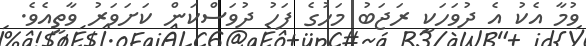
ވުމާ އެކު އެ ދުވަހަކީ ރަޖަބު މަހުގެ ފަހު ދުވަސްކަން ކަށަވަރު ވާތީއެވެ.